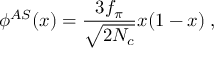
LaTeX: \phi ^ { A S } ( x ) = \frac { 3 f _ { \pi } } { \sqrt { 2 N _ { c } } } x ( 1 - x ) \; ,